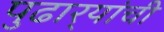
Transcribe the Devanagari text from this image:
पुढार्‍यांची